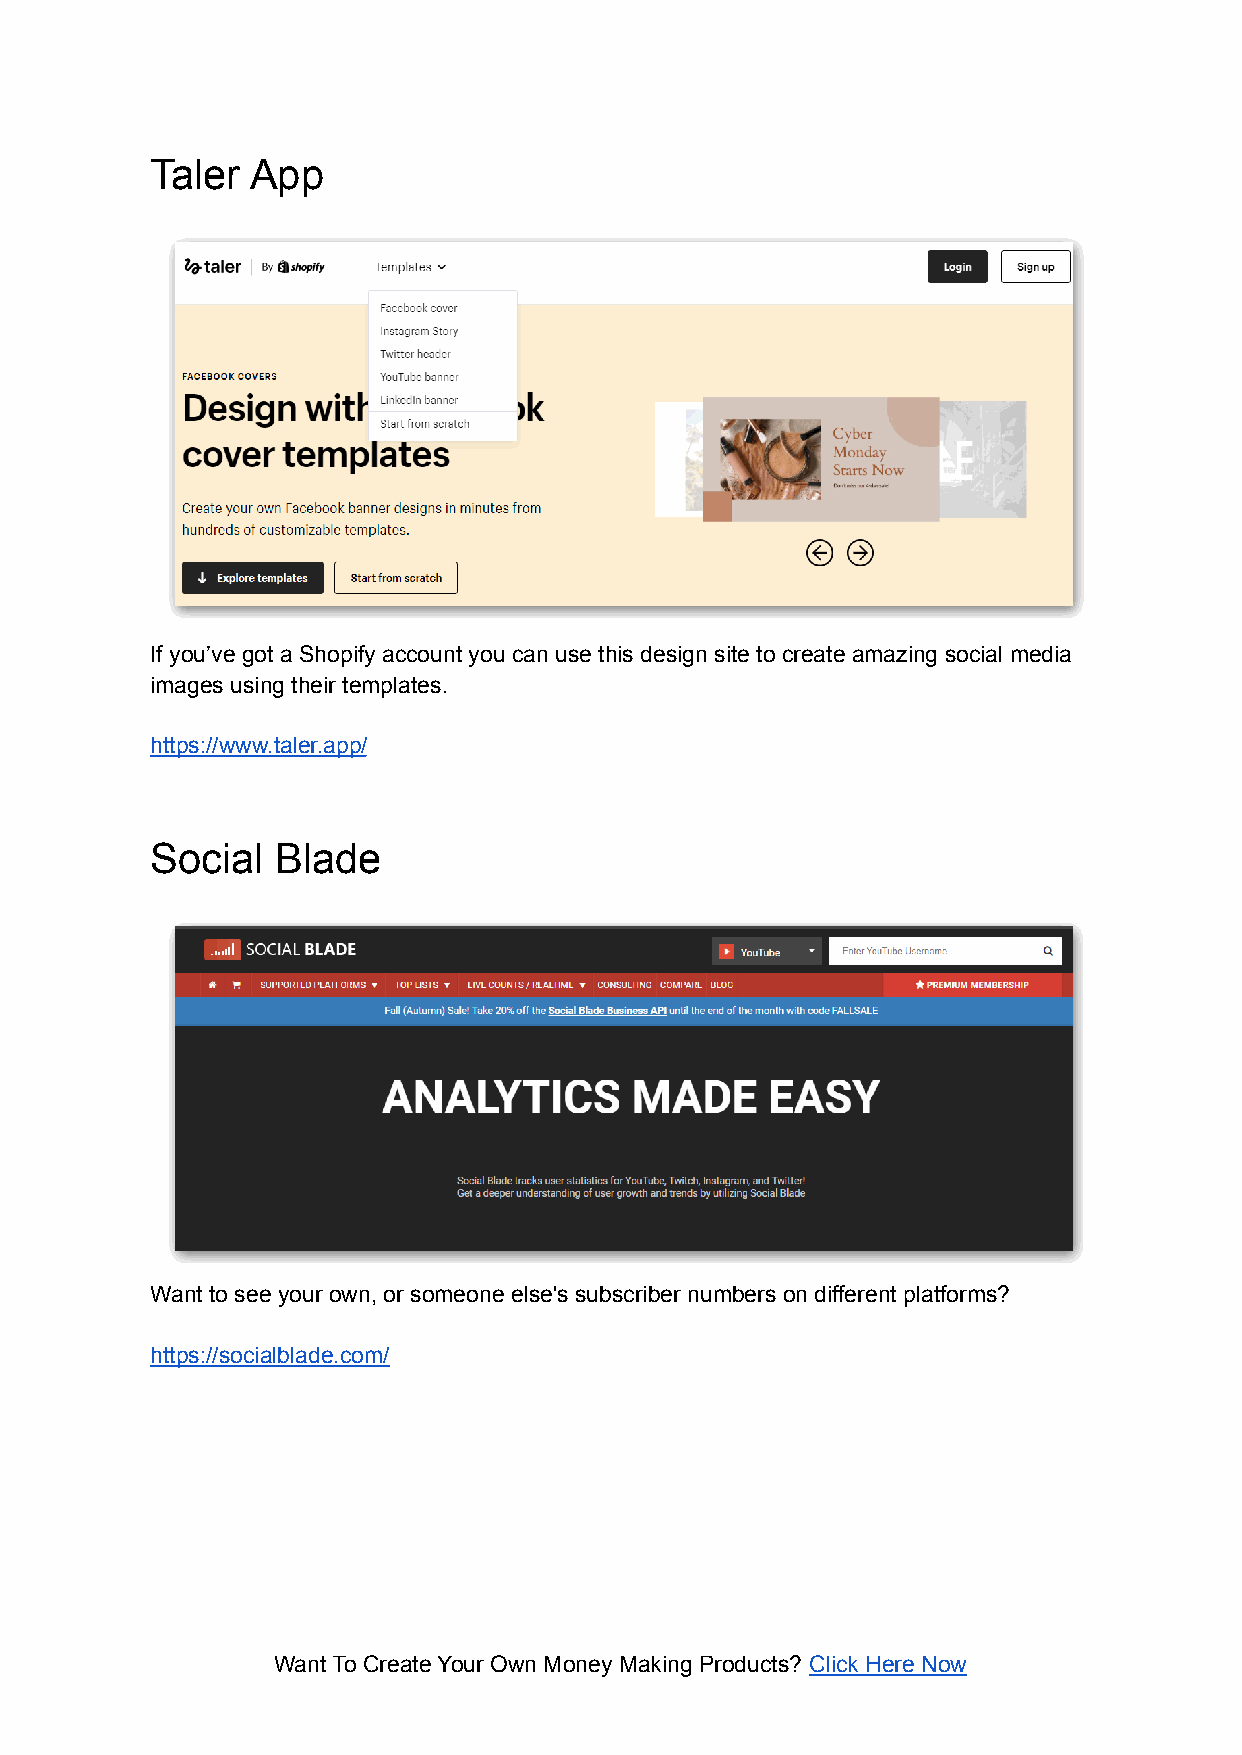
Taler  App
 If you’ve got a Shopify account you can use this design site to create amazing social media
 images using their templates.
 https://www.taler.app/
 Social  Blade
 Want to see your own, or someone else's subscriber numbers on different platforms?
 https://socialblade.com/
 Want To Create Your Own Money Making Products? Click Here Now